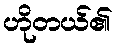
ဟိုတယ်၏